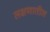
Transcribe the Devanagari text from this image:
लक्षणातील